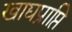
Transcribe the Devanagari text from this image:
खाद्यप्राप्ति